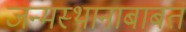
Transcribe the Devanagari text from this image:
जन्मस्थानाबाबत